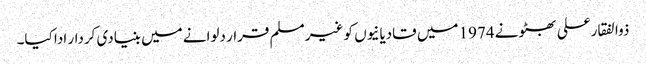
ذوالفقارعلی بھٹو نے 1974 میں قادیانیوں کو غیر مسلم قرار دلوانے میں بنیادی کردار ادا کیا۔